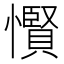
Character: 𢤞